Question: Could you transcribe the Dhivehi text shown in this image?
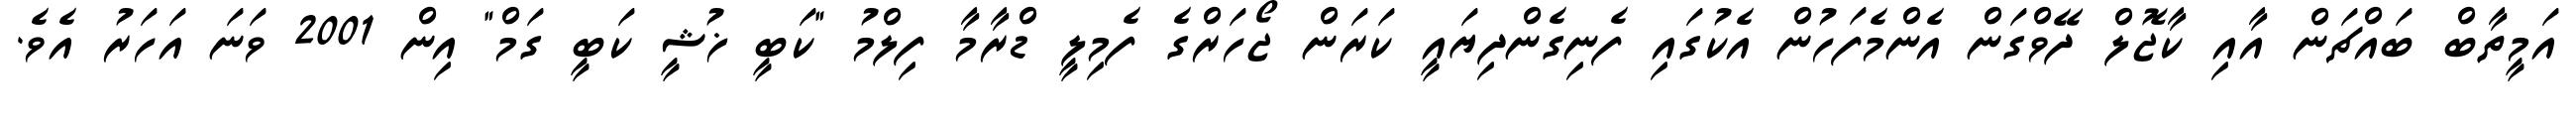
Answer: އަމީތާބް ބައްޗަން އާއި ކާޖޮލް ދޭވްގަން އެންމެފަހުން އެކުގައި ފެނިގެންދިޔައީ ކަރަން ޖޯހަރްގެ ފެމިލީ ޑްރާމާ ފިލްމު "ކަބީ ޚުޝީ ކަބީ ގަމް" އިން 2001 ވަނަ އަހަރު އެވެ.